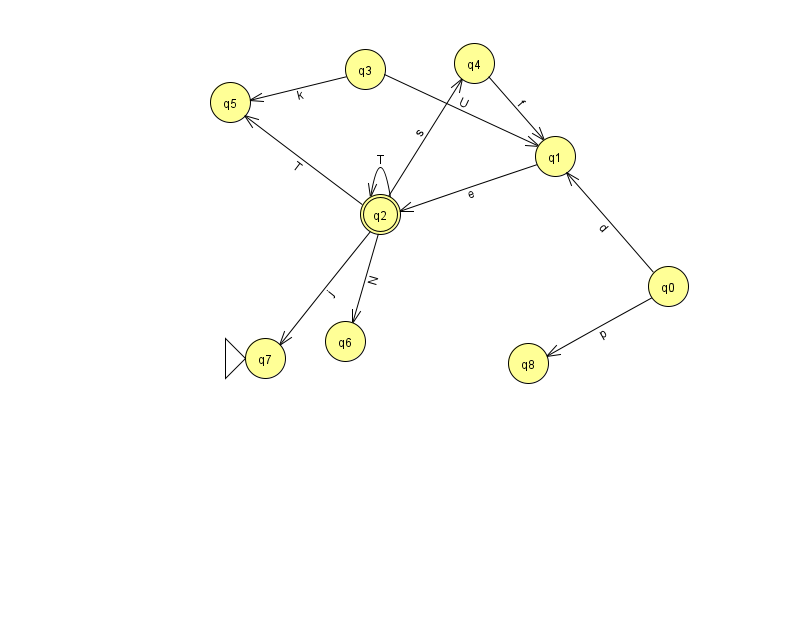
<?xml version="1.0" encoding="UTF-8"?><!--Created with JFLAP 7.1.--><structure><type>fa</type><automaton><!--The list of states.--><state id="0" name="q0"><x>668.0</x><y>273.0</y></state><state id="1" name="q1"><x>555.0</x><y>143.0</y></state><state id="2" name="q2"><x>380.0</x><y>201.0</y><final/></state><state id="3" name="q3"><x>365.0</x><y>56.0</y></state><state id="4" name="q4"><x>474.0</x><y>50.0</y></state><state id="5" name="q5"><x>230.0</x><y>89.0</y></state><state id="6" name="q6"><x>345.0</x><y>328.0</y></state><state id="7" name="q7"><x>265.0</x><y>345.0</y><initial/></state><state id="8" name="q8"><x>528.0</x><y>350.0</y></state><!--The list of transitions.--><transition><from>2</from><to>6</to><read>N</read></transition><transition><from>2</from><to>4</to><read>s</read></transition><transition><from>2</from><to>2</to><read>T</read></transition><transition><from>0</from><to>1</to><read>d</read></transition><transition><from>3</from><to>5</to><read>k</read></transition><transition><from>0</from><to>8</to><read>p</read></transition><transition><from>1</from><to>2</to><read>e</read></transition><transition><from>3</from><to>1</to><read>U</read></transition><transition><from>2</from><to>5</to><read>T</read></transition><transition><from>4</from><to>1</to><read>f</read></transition><transition><from>2</from><to>7</to><read>j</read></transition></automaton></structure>